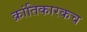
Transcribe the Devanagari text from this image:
क्रांतिकारकच